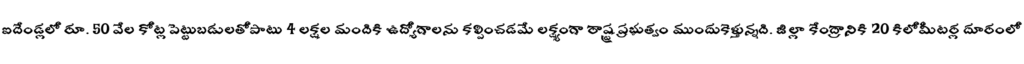
ఐదేండ్లలో రూ. 50 వేల కోట్ల పెట్టుబడులతోపాటు 4 లక్షల మందికి ఉద్యోగాలను కల్పించడమే లక్ష్యంగా రాష్ట్ర ప్రభుత్వం ముందుకెళ్తున్నది. జిల్లా కేంద్రానికి 20 కిలోమీటర్ల దూరంలో